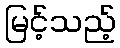
မြင့်သည့်